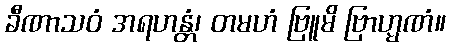
ခီဏာသဝံ အရဟန္တံ၊ တမဟံ ဗြူမိ ဗြာဟ္မဏံ။